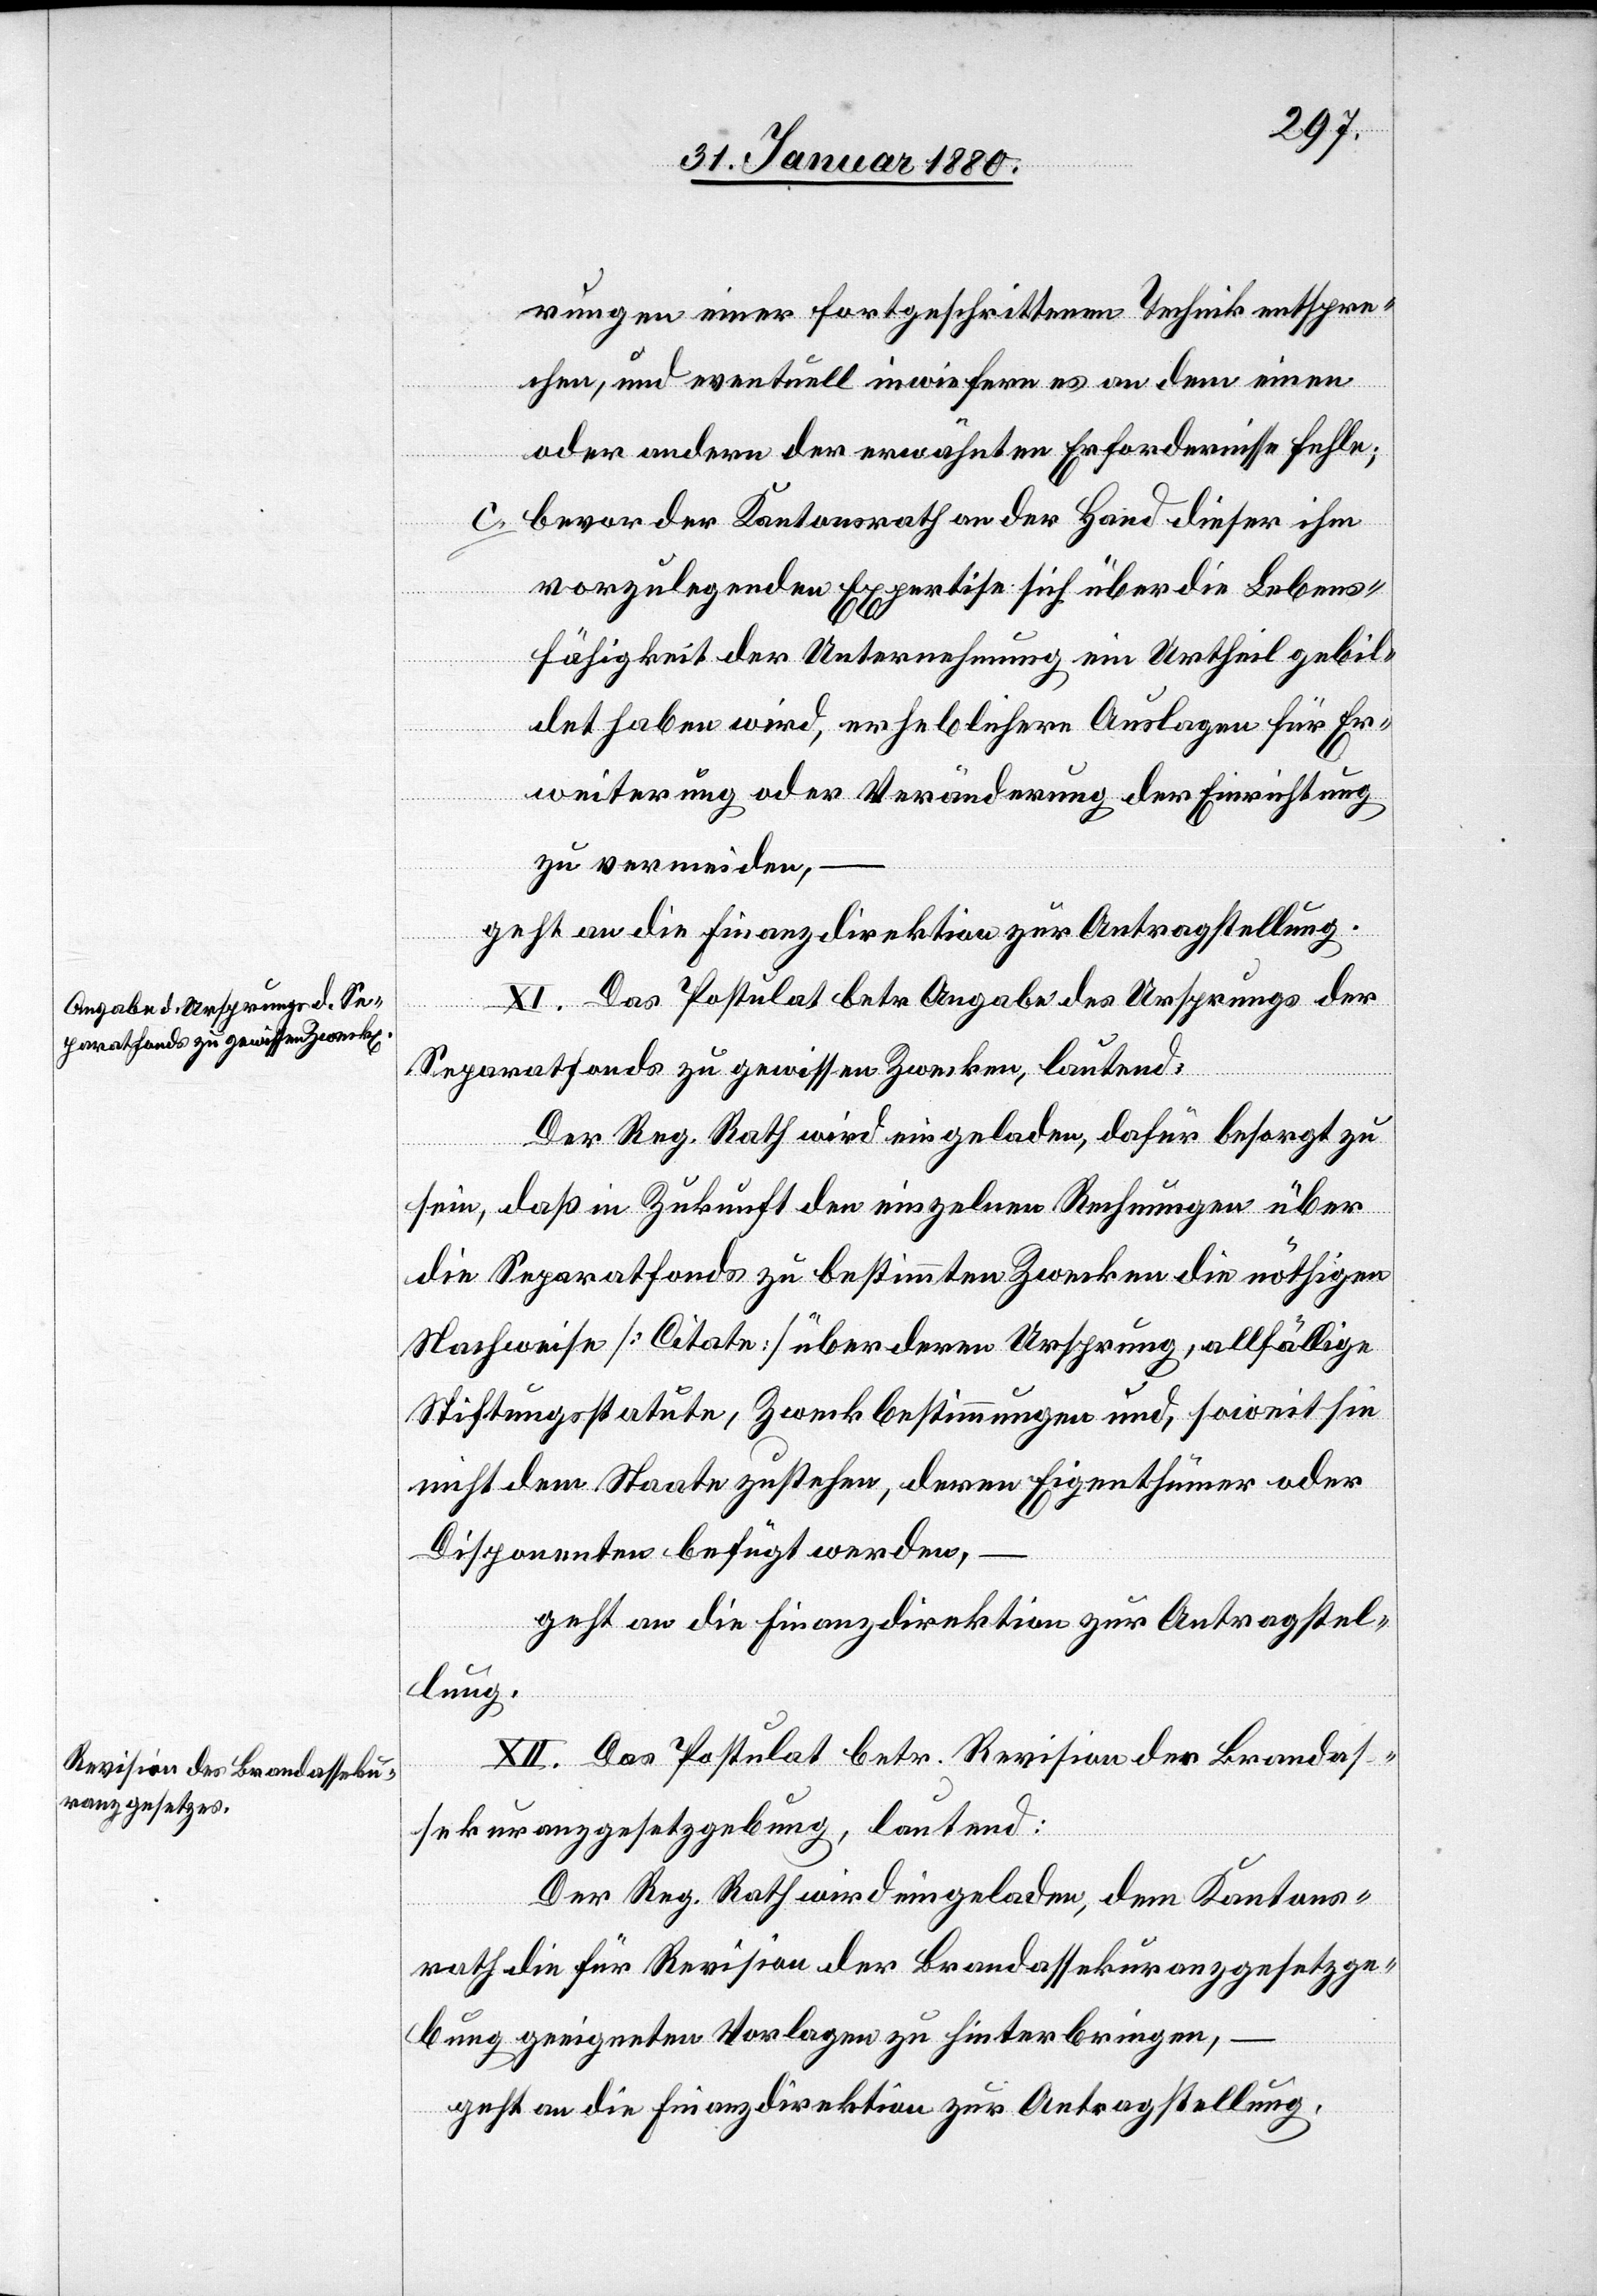
rungen einer fortgeschrittenen Technik entspre¬
chen, und eventuell inwiefern es an dem einen
oder andern der erwähnten Erfordernisse fehle;
c. bevor der Kantonsrath an der Hand dieser ihm
vorzulegenden Expertise sich über die Lebens¬
fähigkeit der Unternehmung ein Urtheil gebil¬
det haben wird, erheblichere Auslagen für Er¬
weiterung oder Veränderung der Einrichtung
zu vermeiden,
geht an die Finanzdirektion zur Antragstellung.
XI. Das Postulat betr. Angabe des Ursprungs der
Separatfonds zu gewissen Zwecken, lautend:
Der Reg. Rath wird eingeladen, dafür besorgt zu
sein, daß in Zukunft den einzelnen Rechnungen über
die Separatfonds zu bestimmten Zwecken die nöthigen
Nachweise [Citate] über deren Ursprung, allfällige
Stiftungsstatute, Zweckbestimmen und, soweit sie
nicht dem Staate zustehen, deren Eigenthümer oder
Disponenten befügt werden,
geht an die Finanzdirektion zur Antragstel¬
lung.
XII. Das Postulat betr. Revision der Brandas¬
sekuranzgesetzgebung, lautend:
Der Reg. Rath. wird eingeladen, dem Kantons¬
rathe die für Revision der Brandassekuranzgesetzge¬
bung geeigneten Vorlagen zu hinterbringen,
geht an die Finanzdirektion zur Antragstellung.